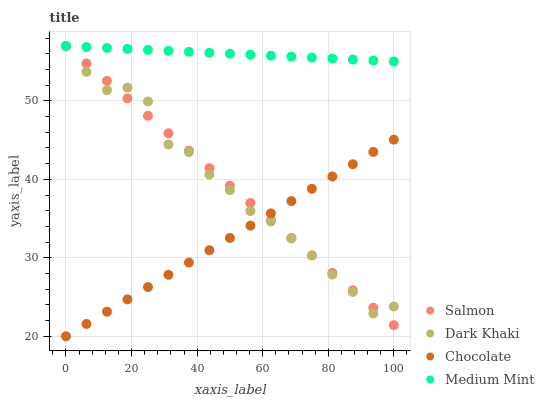
| xaxis_label | Salmon | Dark Khaki | Chocolate | Medium Mint |
 | --- | --- | --- | --- | --- |
 | 0 | 57 | 57 | 20 | 57 |
 | 6.25 | 54.8 | 53.7 | 21.6 | 56.9 |
 | 12.5 | 52.6 | 51.4 | 23.1 | 56.8 |
 | 18.8 | 50.3 | 51.7 | 24.7 | 56.6 |
 | 25 | 48.1 | 49.9 | 26.3 | 56.5 |
 | 31.2 | 45.9 | 44.5 | 27.8 | 56.4 |
 | 37.5 | 43.7 | 43.5 | 29.4 | 56.3 |
 | 43.8 | 41.4 | 40.6 | 31 | 56.1 |
 | 50 | 39.2 | 38.6 | 32.5 | 56 |
 | 56.2 | 37 | 36 | 34.1 | 55.9 |
 | 62.5 | 34.8 | 34.6 | 35.7 | 55.8 |
 | 68.8 | 32.5 | 32.5 | 37.2 | 55.6 |
 | 75 | 30.3 | 30.3 | 38.8 | 55.5 |
 | 81.2 | 28.1 | 27.9 | 40.4 | 55.4 |
 | 87.5 | 25.9 | 25.7 | 41.9 | 55.3 |
 | 93.8 | 23.6 | 22.9 | 43.5 | 55.2 |
 | 100 | 21.4 | 23.8 | 45.1 | 55 |